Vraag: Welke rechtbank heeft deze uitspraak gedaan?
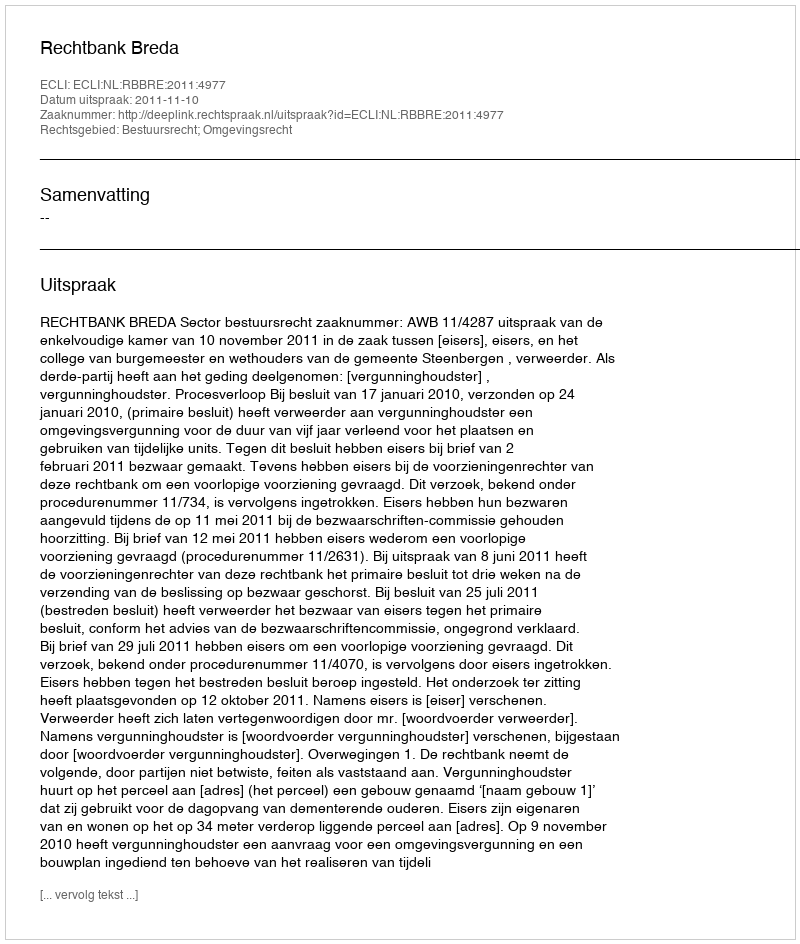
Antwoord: Rechtbank Breda